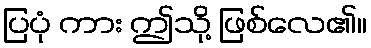
ပြပုံ ကား ဤသို့ ဖြစ်လေ၏။